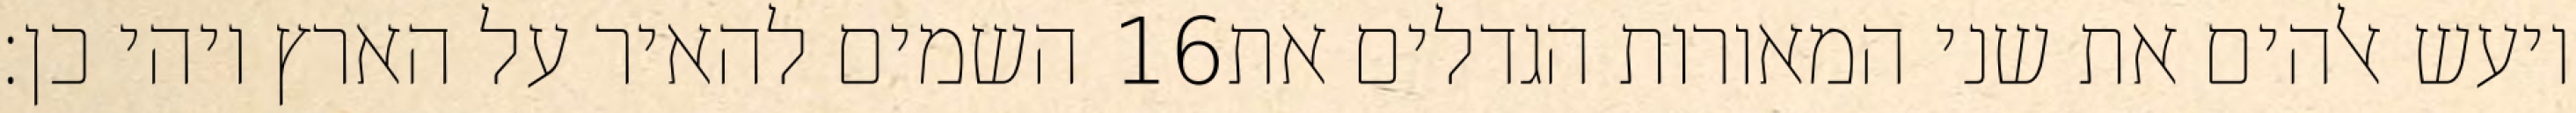
השמים להאיר על הארץ ויהי כן׃ ‎16‏ ויעש אלהים את שני המאורות הגדלים את